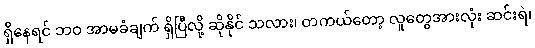
ရှိနေရင် ဘဝ အာမခံချက် ရှိပြီလို့ ဆိုနိုင် သလား၊ တကယ်တော့ လူတွေအားလုံး ဆင်းရဲ၊